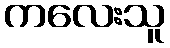
ကလေးသူ